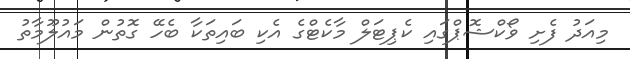
މިއަދު ފެށި ވޯކްޝޮޕްގައި ކެޕިޓަލް މާކެޓްގެ އެކި ބައިތަކާ ބެހޭ ގޮތުން މައުލޫމާތު